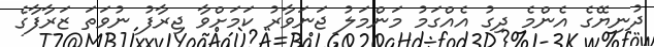
ދުނިޔޭގެ އެންމެ ދިގު އެއްގަމު މަންމަލު ޖަނަވާރު ކަމަށްވާ ޖިރާފު ނުވަތަ ޒަރާފާގެ